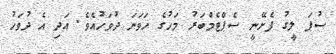
ސުޕަ ލީގު ފެށޭނީ ސެޕްޓެމްބަރު މަހުގެ ހަވަނަ ދުވަހުއެވެ. އަދި އެ ދުވަހު